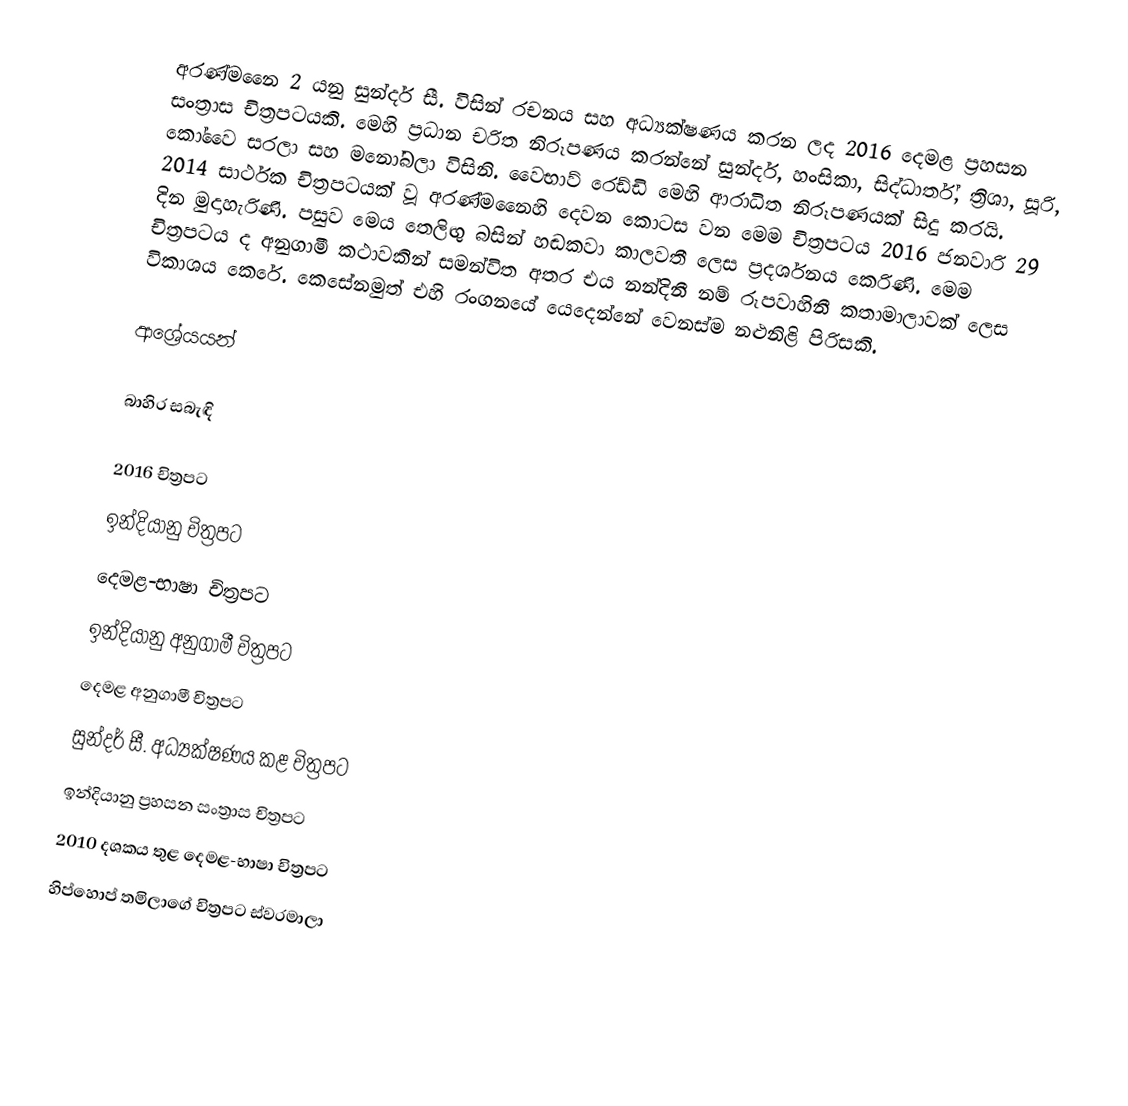
අරණ්මනෛ 2 යනු සුන්දර් සී. විසින් රචනය සහ අධ්‍යක්ෂණය කරන ලද 2016 දෙමළ ප්‍රහසන සංත්‍රාස චිත්‍රපටයකි. මෙහි ප්‍රධාන චරිත නිරූපණය කරන්නේ සුන්දර්, හංසිකා, සිද්ධාර්ත්, ත්‍රිශා, සූරි, කෝවෛ සරලා සහ මනෝබලා විසිනි. වෛභාව් රෙඩ්ඩි මෙහි ආරාධිත නිරූපණයක් සිදු කරයි. 2014 සාර්ථක චිත්‍රපටයක් වූ අරණ්මනෛහි දෙවන කොටස වන මෙම චිත්‍රපටය 2016 ජනවාරි 29 දින මුදාහැරිණි. පසුව මෙය තෙලිඟු බසින් හඬකවා කාලවතී ලෙස ප්‍රදර්ශනය කෙරිණි. මෙම චිත්‍රපටය ද අනුගාමී කථාවකින් සමන්විත අතර එය නන්දිනී නම් රූපවාහිනී කතාමාලාවක් ලෙස විකාශය කෙරේ. කෙසේනමුත් එහි රංගනයේ යෙදෙන්නේ වෙනස්ම නළුනිළි පිරිසකි.

ආශ්‍රේයයන්

බාහිර සබැඳි

2016 චිත්‍රපට
ඉන්දියානු චිත්‍රපට
දෙමළ-භාෂා චිත්‍රපට
ඉන්දියානු අනුගාමී චිත්‍රපට
දෙමළ අනුගාමී චිත්‍රපට
සුන්දර් සී. අධ්‍යක්ෂණය කළ චිත්‍රපට
ඉන්දියානු ප්‍රහසන සංත්‍රාස චිත්‍රපට
2010 දශකය තුළ දෙමළ-භාෂා චිත්‍රපට
හිප්හොප් තමිලාගේ චිත්‍රපට ස්වරමාලා